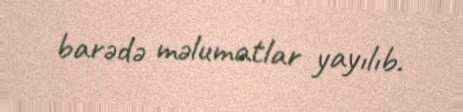
barədə məlumatlar yayılıb.